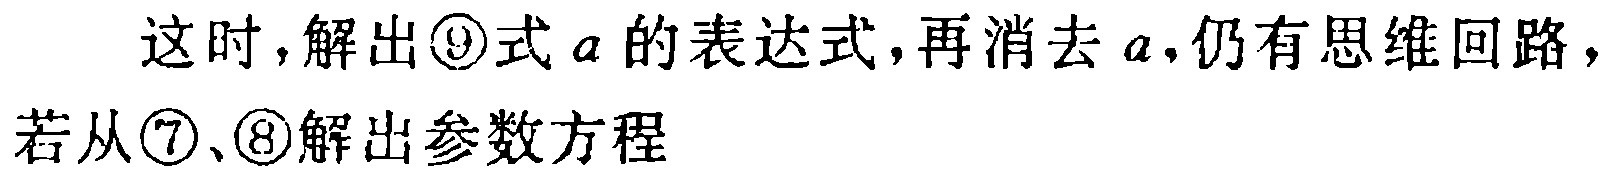
这时，解出\textcircled{9}式\(a\)的表达式，再消去\(a\)，仍有思维回路，若从\textcircled{7}、\textcircled{8}解出参数方程